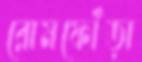
রোমফোঁড়া